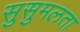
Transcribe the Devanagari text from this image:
सुसुमलता